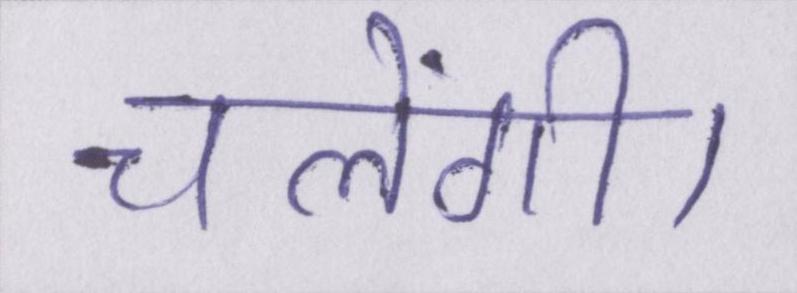
चलेंगी।